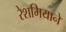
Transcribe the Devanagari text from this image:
रेशमियाने